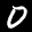
Label: 0